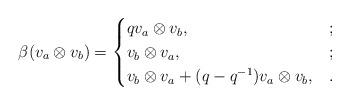
LaTeX: \begin{align*}\beta(v_{a} \otimes v_{b}) = \begin{cases} q v_{a} \otimes v_{b}, & ;\\ v_{b}\otimes v_{a}, & ;\\ v_{b} \otimes v_{a} + (q-q^{-1})v_{a}\otimes v_{b}, & .\end{cases}\end{align*}